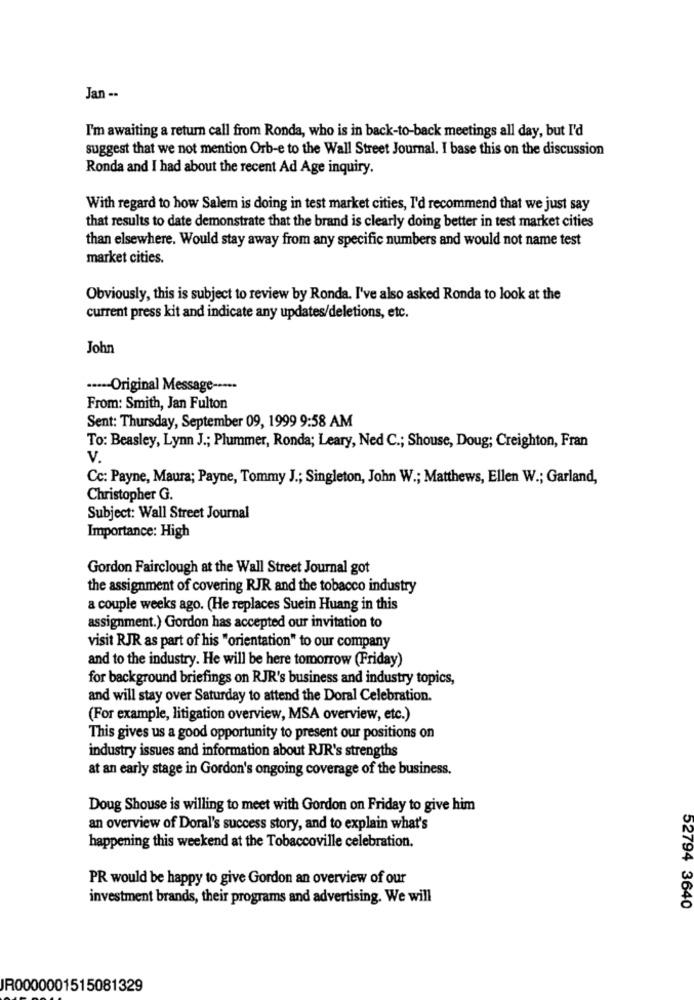
Jan --
I'm awaiting a return call from Ronda, who is in back-to-back meetings all day, but I'd
suggest that we not mention Orb-e to the Wall Street Journal. I base this on the discussion
Ronda and I had about the recent Ad Age inquiry.
With regard to how Salem is doing in test market cities, I'd recommend that we just say
that results to date demonstrate that the brand is clearly doing better in test market cities
than elsewhere. Would stay away from any specific numbers and would not name test
market cities.
Obviously, this is subject to review by Ronda. I've also asked Ronda to look at the
current press kit and indicate any updates/deletions, etc.
John
····- Original Message -····
From: Smith, Jan Fulton
Sent: Thursday, September 09, 1999 9:58 AM
To: Beasley, Lynn J .; Plummer, Ronda; Leary, Ned C .; Shouse, Doug; Creighton, Fran
Cc: Payne, Maura; Payne, Tommy J .; Singleton, John W .; Matthews, Ellen W .; Garland,
Christopher G.
Subject: Wall Street Journal
Importance: High
Gordon Fairclough at the Wall Street Journal got
the assignment of covering RJR and the tobacco industry
a couple weeks ago. (He replaces Suein Huang in this
assignment.) Gordon has accepted our invitation to
visit RJR as part of his "orientation" to our company
and to the industry. He will be here tomorrow (Friday)
for background briefings on RJR's business and industry topics,
and will stay over Saturday to attend the Doral Celebration.
(For example, litigation overview, MSA overview, etc.)
This gives us a good opportunity to present our positions on
industry issues and information about RJR's strengths
at an early stage in Gordon's ongoing coverage of the business.
Doug Shouse is willing to meet with Gordon on Friday to give him
an overview of Doral's success story, and to explain what's
happening this weekend at the Tobaccoville celebration.
PR would be happy to give Gordon an overview of our
investment brands, their programs and advertising. We will
52794 3640
JR0000001515081329